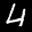
Label: 4